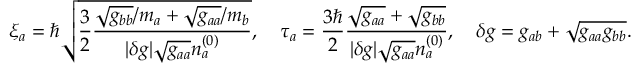
\xi _ { a } = \hbar \sqrt { \frac { 3 } { 2 } \frac { \sqrt { g _ { b b } } / m _ { a } + \sqrt { g _ { a a } } / m _ { b } } { \vert \delta g \vert \sqrt { g _ { a a } } n _ { a } ^ { ( 0 ) } } } , \quad \tau _ { a } = \frac { 3 \hbar } { 2 } \frac { \sqrt { g _ { a a } } + \sqrt { g _ { b b } } } { \vert \delta g \vert \sqrt { g _ { a a } } n _ { a } ^ { ( 0 ) } } , \quad \delta g = g _ { a b } + \sqrt { g _ { a a } g _ { b b } } .